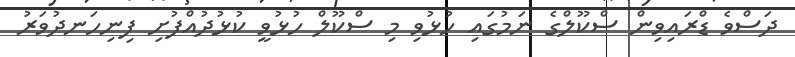
ދަސްވެ ޑްރައިވިން ސްކޫލްގެ ނަމުގައި ހުޅުވި މި ސްކޫލް ހުޅުވީ ކުޅުދުއްފުށި ފިނިހަނދުވަރު